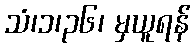
သံ၊၁၊၃၆၊ မှယူရန်